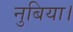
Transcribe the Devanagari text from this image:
नुबिया।